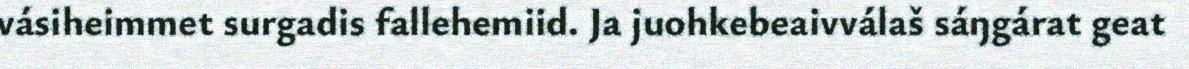
vásiheimmet surgadis fallehemiid. Ja juohkebeaivválaš sáŋgárat geat